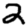
Digit: 2